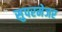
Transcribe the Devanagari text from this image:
सुपरमेजर